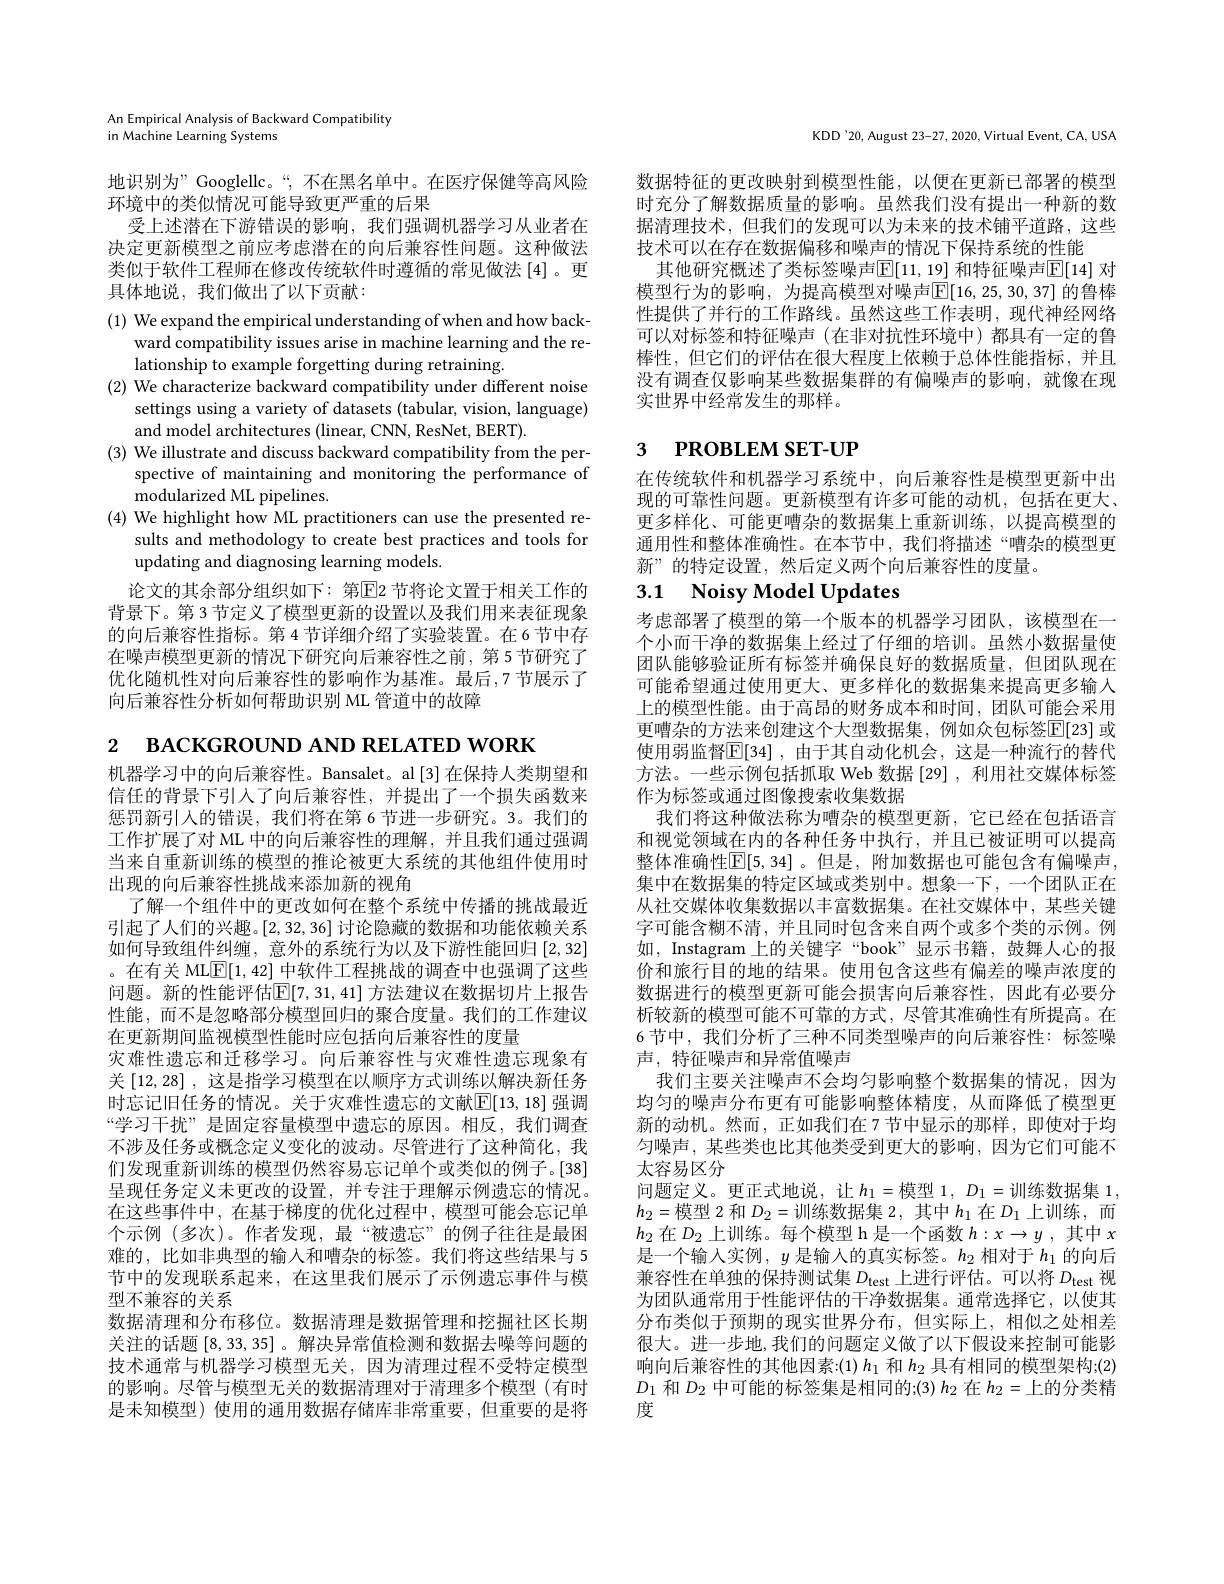
2 вАСКGROUND AND RELATED WORK
机器学习中的向后兼容性。Bansalet。al[3]在保持人类期望和信任的背景下引入了向后兼容性，并提出了一个损失函数来惩罚新引入的错误，我们将在第 6 节进一步研究。3。我们的工作扩展了对 ML 中的向后兼容性的理解，并且我们通过强调当来自重新训练的模型的推论被更大系统的其他组件使用时出现的向后兼容性挑战来添加新的视角
了解一个组件中的更改如何在整个系统中传播的挑战最近引起了人们的兴趣。[2,32,36]讨论隐藏的数据和功能依赖关系如何导致组件纠缠，意外的系统行为以及下游性能回归[2,32] 。在有关 ML$\overline{\mathbb{E}}[1,42]$中软件工程挑战的调查中也强调了这些问题。新的性能评估$\mathbb{E}[7,31,41]$ 方法建议在数据切片上报告性能，而不是忽略部分模型回归的聚合度量。我们的工作建议在更新期间监视模型性能时应包括向后兼容性的度量
灾难性遗忘和迁移学习。向后兼容性与灾难性遗忘现象有关$\left[12,28\right]$, 这是指学习模型在以顺序方式训练以解决新任务时忘记旧任务的情况。关于灾难性遗忘的文献$\mathbb{E}[13,18]$ 强调“学习干扰”是固定容量模型中遗忘的原因。相反，我们调查不涉及任务或概念定义变化的波动。尽管进行了这种简化，我们发现重新训练的模型仍然容易忘记单个或类似的例子。[38] 呈现任务定义未更改的设置，并专注于理解示例遗忘的情况。在这些事件中，在基于梯度的优化过程中，模型可能会忘记单个示例 (多次)。作者发现，最“被遗忘”的例子往往是最困难的，比如非典型的输入和嘈杂的标签。我们将这些结果与 5节中的发现联系起来，在这里我们展示了示例遗忘事件与模型不兼容的关系
数据清理和分布移位。数据清理是数据管理和挖掘社区长期关注的话题[8,33,35] 。解决异常值检测和数据去噪等问题的技术通常与机器学习模型无关，因为清理过程不受特定模型的影响。尽管与模型无关的数据清理对于清理多个模型(有时是未知模型)使用的通用数据存储库非常重要，但重要的是将

An Empirical Analysis of Backward Compatibility
in Machine Learning Systems

地识别为” Googlellc。“,不在黑名单中。在医疗保健等高风险
环境中的类似情况可能导致更严重的后果
受上述潜在下游错误的影响，我们强调机器学习从业者在决定更新模型之前应考虑潜在的向后兼容性问题。这种做法类似于软件工程师在修改传统软件时遵循的常见做法[4]。更具体地说，我们做出了以下贡献：

(1) We expand the empirical understanding of when and how back-
ward compatibility issues arise in machine learning and the re-
lationship to example forgetting during retraining.
(2) We characterize backward compatibility under different noise
settings using a variety of datasets (tabular, vision, language)
and model architectures (linear, CNN, ResNet, BERT).
(3) We illustrate and discuss backward compatibility from the per-
spective of maintaining and monitoring the performance of
modularized ML pipelines.
(4) We highlight how ML practitioners can use the presented re-
sults and methodology to create best practices and tools for
updating and diagnosing learning models.
论文的其余部分组织如下：第$\overline{\mathrm{E}}$2 节将论文置于相关工作的背景下。第 3 节定义了模型更新的设置以及我们用来表征现象的向后兼容性指标。第 4 节详细介绍了实验装置。在 6 节中存在噪声模型更新的情况下研究向后兼容性之前，第 5 节研究了

优化随机性对向后兼容性的影响作为基准。最后，7 节展示了
向后兼容性分析如何帮助识别 ML 管道中的故障

KDD'20, August 23-27, 2020, Virtual Event, CA, USA

数据特征的更改映射到模型性能，以便在更新已部署的模型时充分了解数据质量的影响。虽然我们没有提出一种新的数据清理技术，但我们的发现可以为未来的技术铺平道路，这些技术可以在存在数据偏移和噪声的情况下保持系统的性能
其他研究概述了类标签噪声$\mathbb{E}[11,19]$ 和特征噪声$\mathbb{E}[14]$ 对模型行为的影响，为提高模型对噪声$\overline{\mathbb{E}}[16,25,30,37]$ 的鲁棒性提供了并行的工作路线。虽然这些工作表明，现代神经网络可以对标签和特征噪声(在非对抗性环境中)都具有一定的鲁棒性，但它们的评估在很大程度上依赖于总体性能指标，并且没有调查仅影响某些数据集群的有偏噪声的影响，就像在现实世界中经常发生的那样。

# 3 $\textbf{Р ROBLEM SET- UP}$

在传统软件和机器学习系统中，向后兼容性是模型更新中出现的可靠性问题。更新模型有许多可能的动机，包括在更大、 更多样化、可能更嘈杂的数据集上重新训练，以提高模型的通用性和整体准确性。在本节中，我们将描述“嘈杂的模型更新”的特定设置，然后定义两个向后兼容性的度量。

# 3.1 Noisy Model Updates

考虑部署了模型的第一个版本的机器学习团队，该模型在一个小而干净的数据集上经过了仔细的培训。虽然小数据量使团队能够验证所有标签并确保良好的数据质量，但团队现在可能希望通过使用更大、更多样化的数据集来提高更多输入上的模型性能。由于高昂的财务成本和时间，团队可能会采用更嘈杂的方法来创建这个大型数据集，例如众包标签$\mathbb{E}[23]$ 或使用弱监督$\mathbb{E}[34]$, 由于其自动化机会，这是一种流行的替代方法。一些示例包括抓取 Web 数据[29] , 利用社交媒体标签作为标签或通过图像搜索收集数据
我们将这种做法称为嘈杂的模型更新，它已经在包括语言和视觉领域在内的各种任务中执行，并且已被证明可以提高整体准确性$\overline{\mathbb{E}}[5,34]$ 。但是，附加数据也可能包含有偏噪声， 集中在数据集的特定区域或类别中。想象一下，一个团队正在从社交媒体收集数据以丰富数据集。在社交媒体中，某些关键字可能含糊不清，并且同时包含来自两个或多个类的示例。例如，Instagram 上的关键字“book”显示书籍，鼓舞人心的报价和旅行目的地的结果。使用包含这些有偏差的噪声浓度的数据进行的模型更新可能会损害向后兼容性，因此有必要分析较新的模型可能不可靠的方式，尽管其准确性有所提高。在6 节中，我们分析了三种不同类型噪声的向后兼容性：标签噪声，特征噪声和异常值噪声
我们主要关注噪声不会均匀影响整个数据集的情况，因为均匀的噪声分布更有可能影响整体精度，从而降低了模型更新的动机。然而，正如我们在 7 节中显示的那样，即使对于均匀噪声，某些类也比其他类受到更大的影响，因为它们可能不太容易区分
问题定义。更正式地说，让 $h_1=$模型 $1,D_1=$训练数据集 1, $h_2=$模型 2 和$D_2=$训练数据集 2,其中$h_1$在$D_1$上训练，而$h_2$在$D_2$上训练。每个模型 h 是一个函数$h:x\to y$ ,其中$x$ 是一个输入实例，$y$是输人的真实标签。$h_2$相对于$h_1$的向后兼容性在单独的保持测试集$D_\mathrm{test}$上进行评估。可以将$D_\mathrm{test}$视为团队通常用于性能评估的干净数据集。通常选择它，以使其分布类似于预期的现实世界分布，但实际上，相似之处相差很大。进一步地，我们的问题定义做了以下假设来控制可能影响向后兼容性的其他因素：(1) $h_1$和$h_2$具有相同的模型架构；(2) $D_1$ 和$D_2$ 中可能的标签集是相同的；(3) $h_2$ 在 $h_2=$上的分类精度